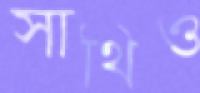
সাথিও